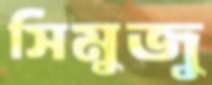
সিমুজু